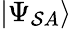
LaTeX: |\Psi_{\mathcal{S}A}\rangle